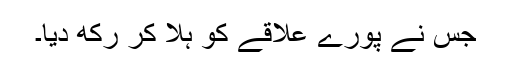
جس نے پورے علاقے کو ہلا کر رکھ دیا۔